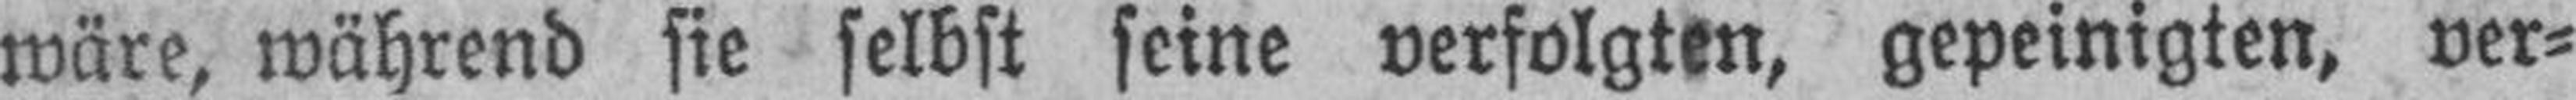
wäre, während sie selbst seine verfolgten, gepeinigten, ver¬